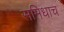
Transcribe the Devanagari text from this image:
समिधाच